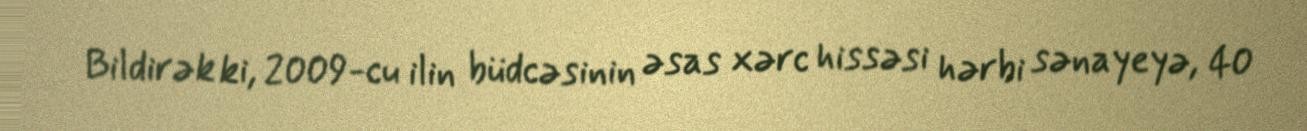
Bildirək ki, 2009-cu ilin büdcəsinin əsas xərc hissəsi hərbi sənayeyə, 40